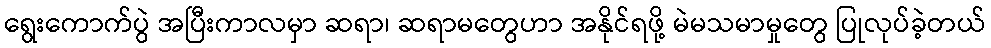
ရွေးကောက်ပွဲ အပြီးကာလမှာ ဆရာ၊ ဆရာမတွေဟာ အနိုင်ရဖို့ မဲမသမာမှုတွေ ပြုလုပ်ခဲ့တယ်